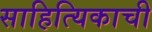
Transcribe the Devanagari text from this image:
साहित्यिकाची